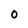
Character: 0